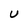
Character: U